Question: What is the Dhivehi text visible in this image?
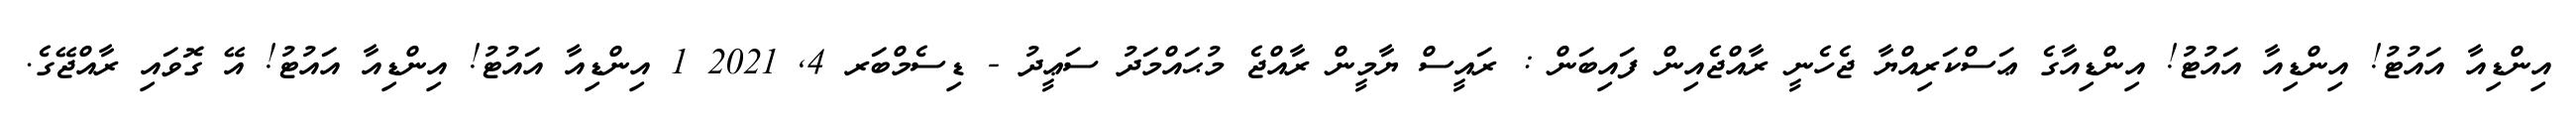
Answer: އިންޑިއާ އައުޓު! އިންޑިއާ އައުޓު! އިންޑިއާގެ ޢަސްކަރިއްޔާ ޖެހެނީ ރާއްޖެއިން ފައިބަން : ރައީސް ޔާމީން ރާއްޖެ މުޙައްމަދު ސަޢީދު - ޑިސެމްބަރ 4, 2021 1 އިންޑިއާ އައުޓު! އިންޑިއާ އައުޓު! އޭ ގޮވައި ރާއްޖޭގެ.